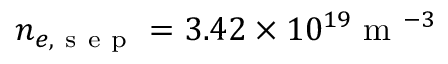
n _ { e , \mathrm { ~ s ~ e ~ p ~ } } = 3 . 4 2 \times 1 0 ^ { 1 9 } \mathrm { ~ m ~ } ^ { - 3 }